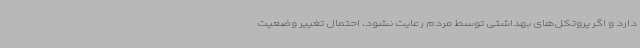
دارد و اگر پروتکل‌های بهداشتی توسط مردم رعایت نشود، احتمال تغییر وضعیت